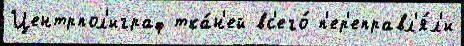
Центрпол'играф тка́н'ей вс'его́ п'ер'еправл'я́л'и